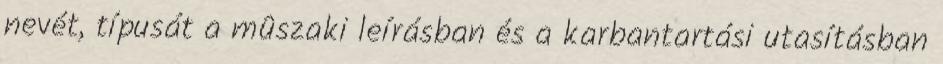
nevét, típusát a mûszaki leírásban és a karbantartási utasításban